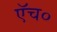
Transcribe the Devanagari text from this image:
एॅच०